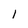
Character: 1